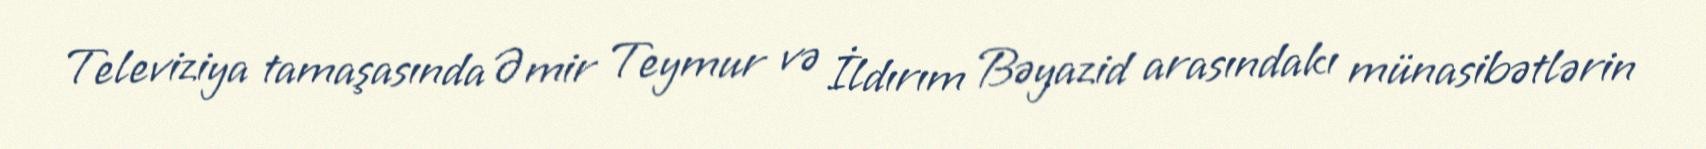
Televiziya tamaşasında Əmir Teymur və İldırım Bəyazid arasındakı münasibətlərin